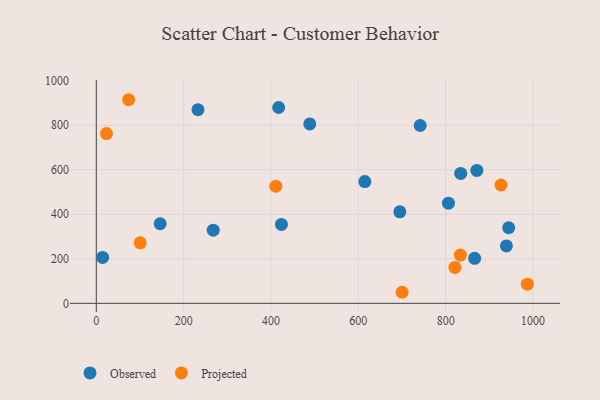
{"axis": {"x": "Speed", "y": "Exam Score"}, "legend": ["Observed", "Projected"], "data": [{"x": "14.5", "y": 206.0, "type": "Observed"}, {"x": "615.0", "y": 547.1, "type": "Observed"}, {"x": "232.9", "y": 869.7, "type": "Observed"}, {"x": "424.0", "y": 354.4, "type": "Observed"}, {"x": "267.8", "y": 328.7, "type": "Observed"}, {"x": "871.5", "y": 596.8, "type": "Observed"}, {"x": "939.2", "y": 258.0, "type": "Observed"}, {"x": "146.3", "y": 357.5, "type": "Observed"}, {"x": "806.5", "y": 449.7, "type": "Observed"}, {"x": "488.8", "y": 805.8, "type": "Observed"}, {"x": "417.6", "y": 879.6, "type": "Observed"}, {"x": "944.4", "y": 339.4, "type": "Observed"}, {"x": "695.1", "y": 411.0, "type": "Observed"}, {"x": "834.5", "y": 583.7, "type": "Observed"}, {"x": "741.8", "y": 798.8, "type": "Observed"}, {"x": "866.4", "y": 202.3, "type": "Observed"}, {"x": "926.8", "y": 531.5, "type": "Projected"}, {"x": "74.1", "y": 914.5, "type": "Projected"}, {"x": "100.6", "y": 271.6, "type": "Projected"}, {"x": "821.3", "y": 161.3, "type": "Projected"}, {"x": "23.3", "y": 762.5, "type": "Projected"}, {"x": "700.4", "y": 49.7, "type": "Projected"}, {"x": "411.1", "y": 526.3, "type": "Projected"}, {"x": "833.8", "y": 217.0, "type": "Projected"}, {"x": "987.2", "y": 85.9, "type": "Projected"}]}